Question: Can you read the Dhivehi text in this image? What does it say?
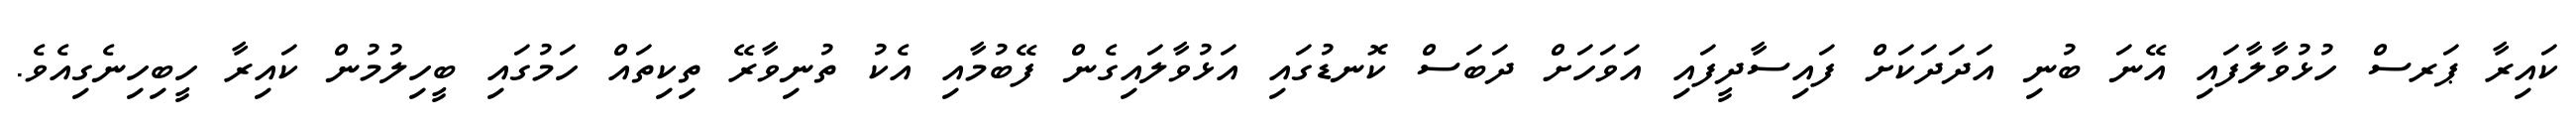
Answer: ކައިރާ ޕަރސް ހުޅުވާލާފައި އޭނަ ބުނި އަދަދަކަށް ފައިސާދީފައި އަވަހަށް ދަބަސް ކޮނޑުގައި އަޅުވާލައިގެން ފޭބުމާއި އެކު ތުނިވާރޭ ތިކިތައް ހަމުގައި ބީހިލުމުން ކައިރާ ހީބިހިނެގިއެވެ.